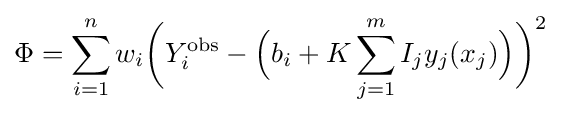
\Phi =\sum _{i=1}^{n}w_{i}{\biggl (}Y_{i}^{\text{obs}}-{\Bigl (}b_{i}+K\sum _{j=1}^{m}I_{j}y_{j}(x_{j}){\Bigr )}{\biggr )}^{2}